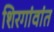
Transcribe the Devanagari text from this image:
शिरगांवांत